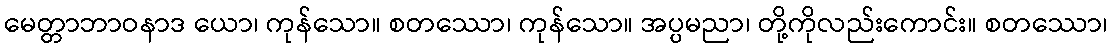
မေတ္တာဘာဝနာဒ ယော၊ ကုန်သော။ စတဿော၊ ကုန်သော။ အပ္ပမညာ၊ တို့ကိုလည်းကောင်း။ စတဿော၊